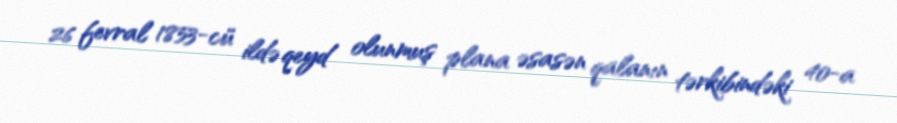
26 fevral 1853-cü ildə qeyd olunmuş plana əsasən qalanın tərkibindəki 40-a